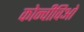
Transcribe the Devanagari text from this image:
कोन्वीविओ